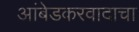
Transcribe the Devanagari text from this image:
आंबेडकरवादाचा